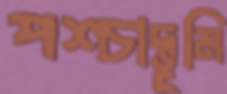
পশ্চাদ্‌ভূমি